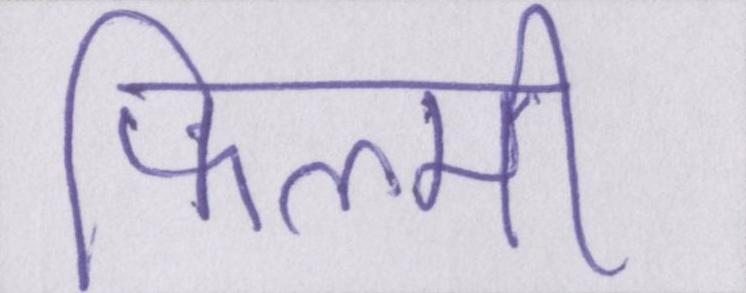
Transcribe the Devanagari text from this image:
फिल्मी